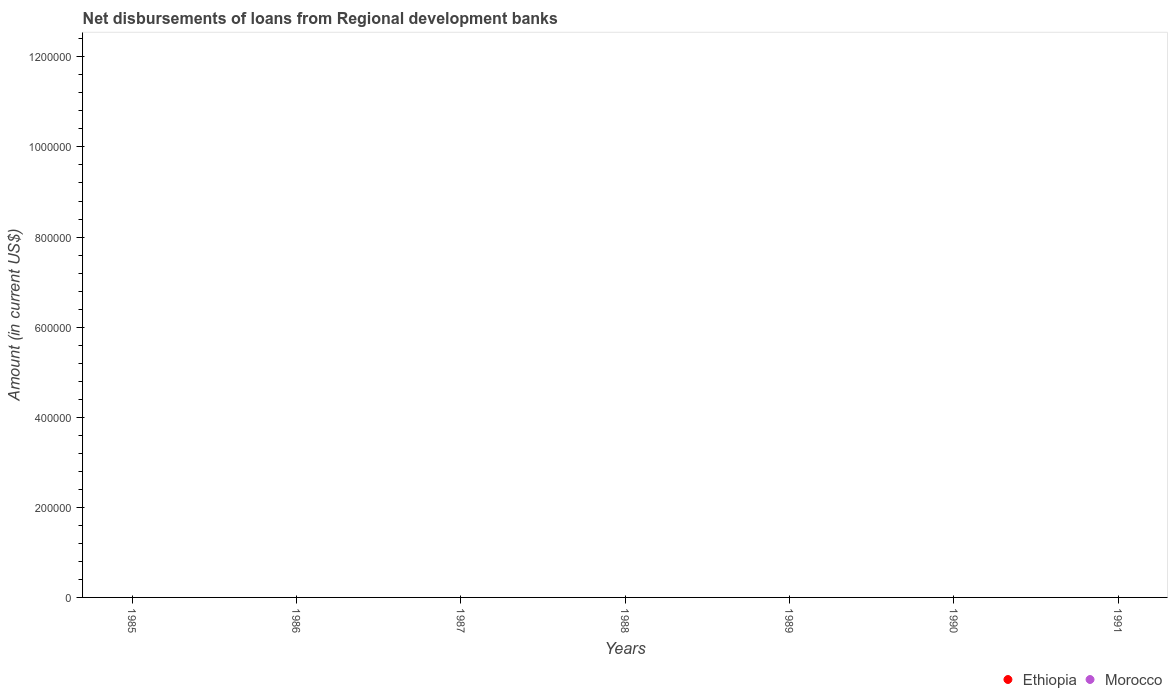
| Years | Ethiopia | Morocco |
 | --- | --- | --- |
 | 1985 | -4.52e+06 | -1.89e+07 |
 | 1986 | -6.17e+06 | -2.58e+07 |
 | 1987 | -6.88e+06 | -2.8e+07 |
 | 1988 | -7.06e+06 | -2.53e+07 |
 | 1989 | -3.86e+06 | -1.43e+07 |
 | 1990 | -1.12e+06 | -4.66e+06 |
 | 1991 | -1.4e+05 | -5.84e+05 |